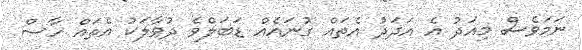
ނަމަވެސް މިއަދު އެ އަދަދު އެތައް ގުނައެއް ޑަބަލްވެ ދުވާލަކު އެތައް ހާސް